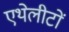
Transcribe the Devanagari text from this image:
एथेलीटों